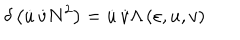
LaTeX: \delta \left( \dot { u } \, \dot { v } N ^ { 2 } \right) = \dot { u } \, \dot { v } \Lambda \left( \varepsilon , u , v \right)